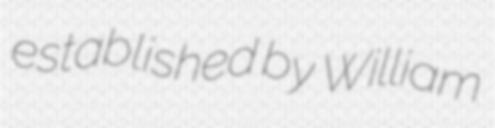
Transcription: established by William